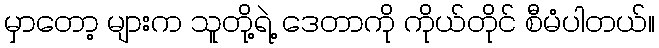
မှာတော့ များက သူတို့ရဲ့ ဒေတာကို ကိုယ်တိုင် စီမံပါတယ်။